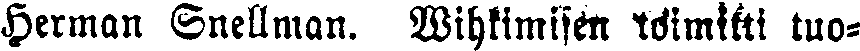
Herman Snellman. Vihkimisen toimitti tuo-